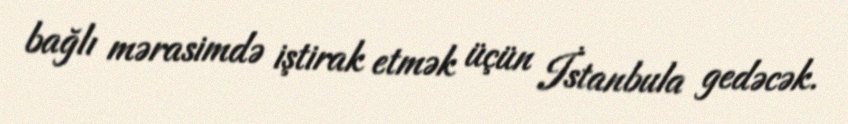
bağlı mərasimdə iştirak etmək üçün İstanbula gedəcək.